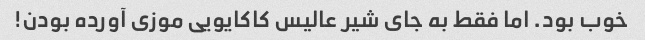
خوب بود. اما فقط به جای شیر عالیس کاکایویی موزی آورده بودن!